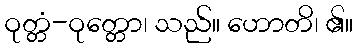
ဝုတ္တံ-ဝုတ္တော၊ သည်။ ဟောတိ၊ ၏။